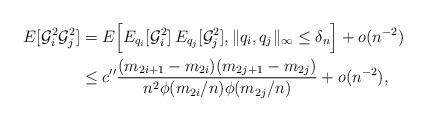
LaTeX: \begin{align*} E [ \mathcal{G}_{i}^2 \mathcal{G}_{j}^2 ] & = E \Bigl[ E_{q_i} [ \mathcal{G}_{i}^2 ] \, E_{q_j} [ \mathcal{G}_{j}^2 ] , \| q_i, q_j \|_{\infty} \le \delta_n \Bigr] + o(n^{-2}) \\ & \le c'' \frac{(m_{2i+1} - m_{2i}) (m_{2j+1} - m_{2j})}{ n^2 \phi(m_{2i}/n) \phi(m_{2j}/n)} + o(n^{-2}), \end{align*}